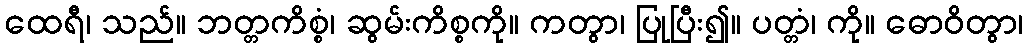
ထေရီ၊ သည်။ ဘတ္တကိစ္စံ၊ ဆွမ်းကိစ္စကို။ ကတွာ၊ ပြုပြီး၍။ ပတ္တံ၊ ကို။ ဓောဝိတွာ၊